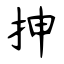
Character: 抻